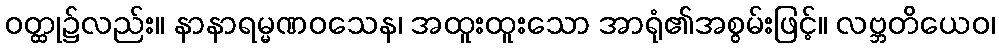
ဝတ္ထု၌လည်း။ နာနာရမ္မဏဝသေန၊ အထူးထူးသော အာရုံ၏အစွမ်းဖြင့်။ လဗ္ဘတိယေဝ၊